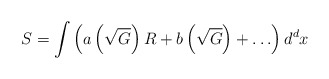
\begin{align*}S=\int{\left( a\left( \sqrt{G} \right)R+b\left( \sqrt{G} \right)+\ldots\right)d^{d}x}\end{align*}